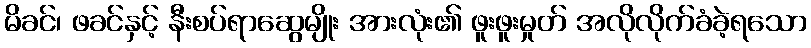
မိခင်၊ ဖခင်နှင့် နီးစပ်ရာဆွေမျိုး အားလုံး၏ ဖူးဖူးမှုတ် အလိုလိုက်ခံခဲ့ရသော